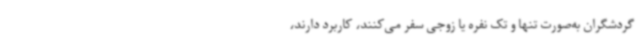
گردشگران به‌صورت تنها و تک نفره یا زوجی سفر می‌کنند، کاربرد دارند،